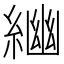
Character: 𦂣